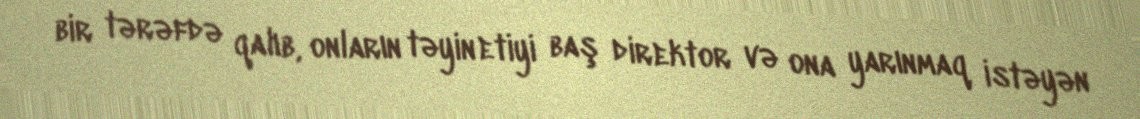
bir tərəfdə qalıb, onların təyin etiyi baş direktor və ona yarınmaq istəyən